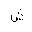
Letter: _shin